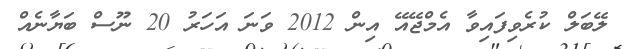
ލޭބަލް ކުރެވިފައިވާ އެމްޖޭއޭ އިން 2012 ވަނަ އަހަރު 20 ނޫސް ބަޔާނެއް